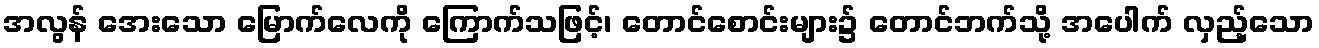
အလွန် အေးသော မြောက်လေကို ကြောက်သဖြင့်၊ တောင်စောင်းများ၌ တောင်ဘက်သို့ အပေါက် လှည့်သော